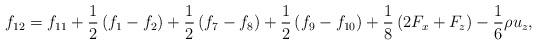
LaTeX: \begin{align*}{f_{12}} = {f_{11}} + \frac{1}{2}\left( {{f_1} - {f_2}} \right) + \frac{1}{2}\left( {{f_7} - {f_8}} \right) + \frac{1}{2}\left( {{f_9} - {f_{10}}} \right) + \frac{1}{8}\left( {2{F_x} + {F_z}} \right) - \frac{1}{6}\rho {u_z},\end{align*}